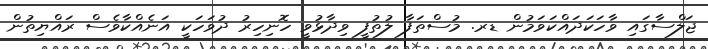
ޖަލްސާގައި ވާހަކަދައްކަވަމުން ޑރ. މުސްތަފާ ލުތުފީ ވިދާޅުވީ ހޮނިހިރު ދުވަހަކީ އަނެއްކާވެސް ރައްޔިތުން